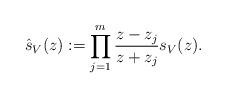
LaTeX: \begin{align*} \hat s_V(z):=\prod_{j=1}^m {z-z_j\over z+z_j}s_V(z).\end{align*}